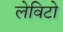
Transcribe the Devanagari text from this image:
लेविटो